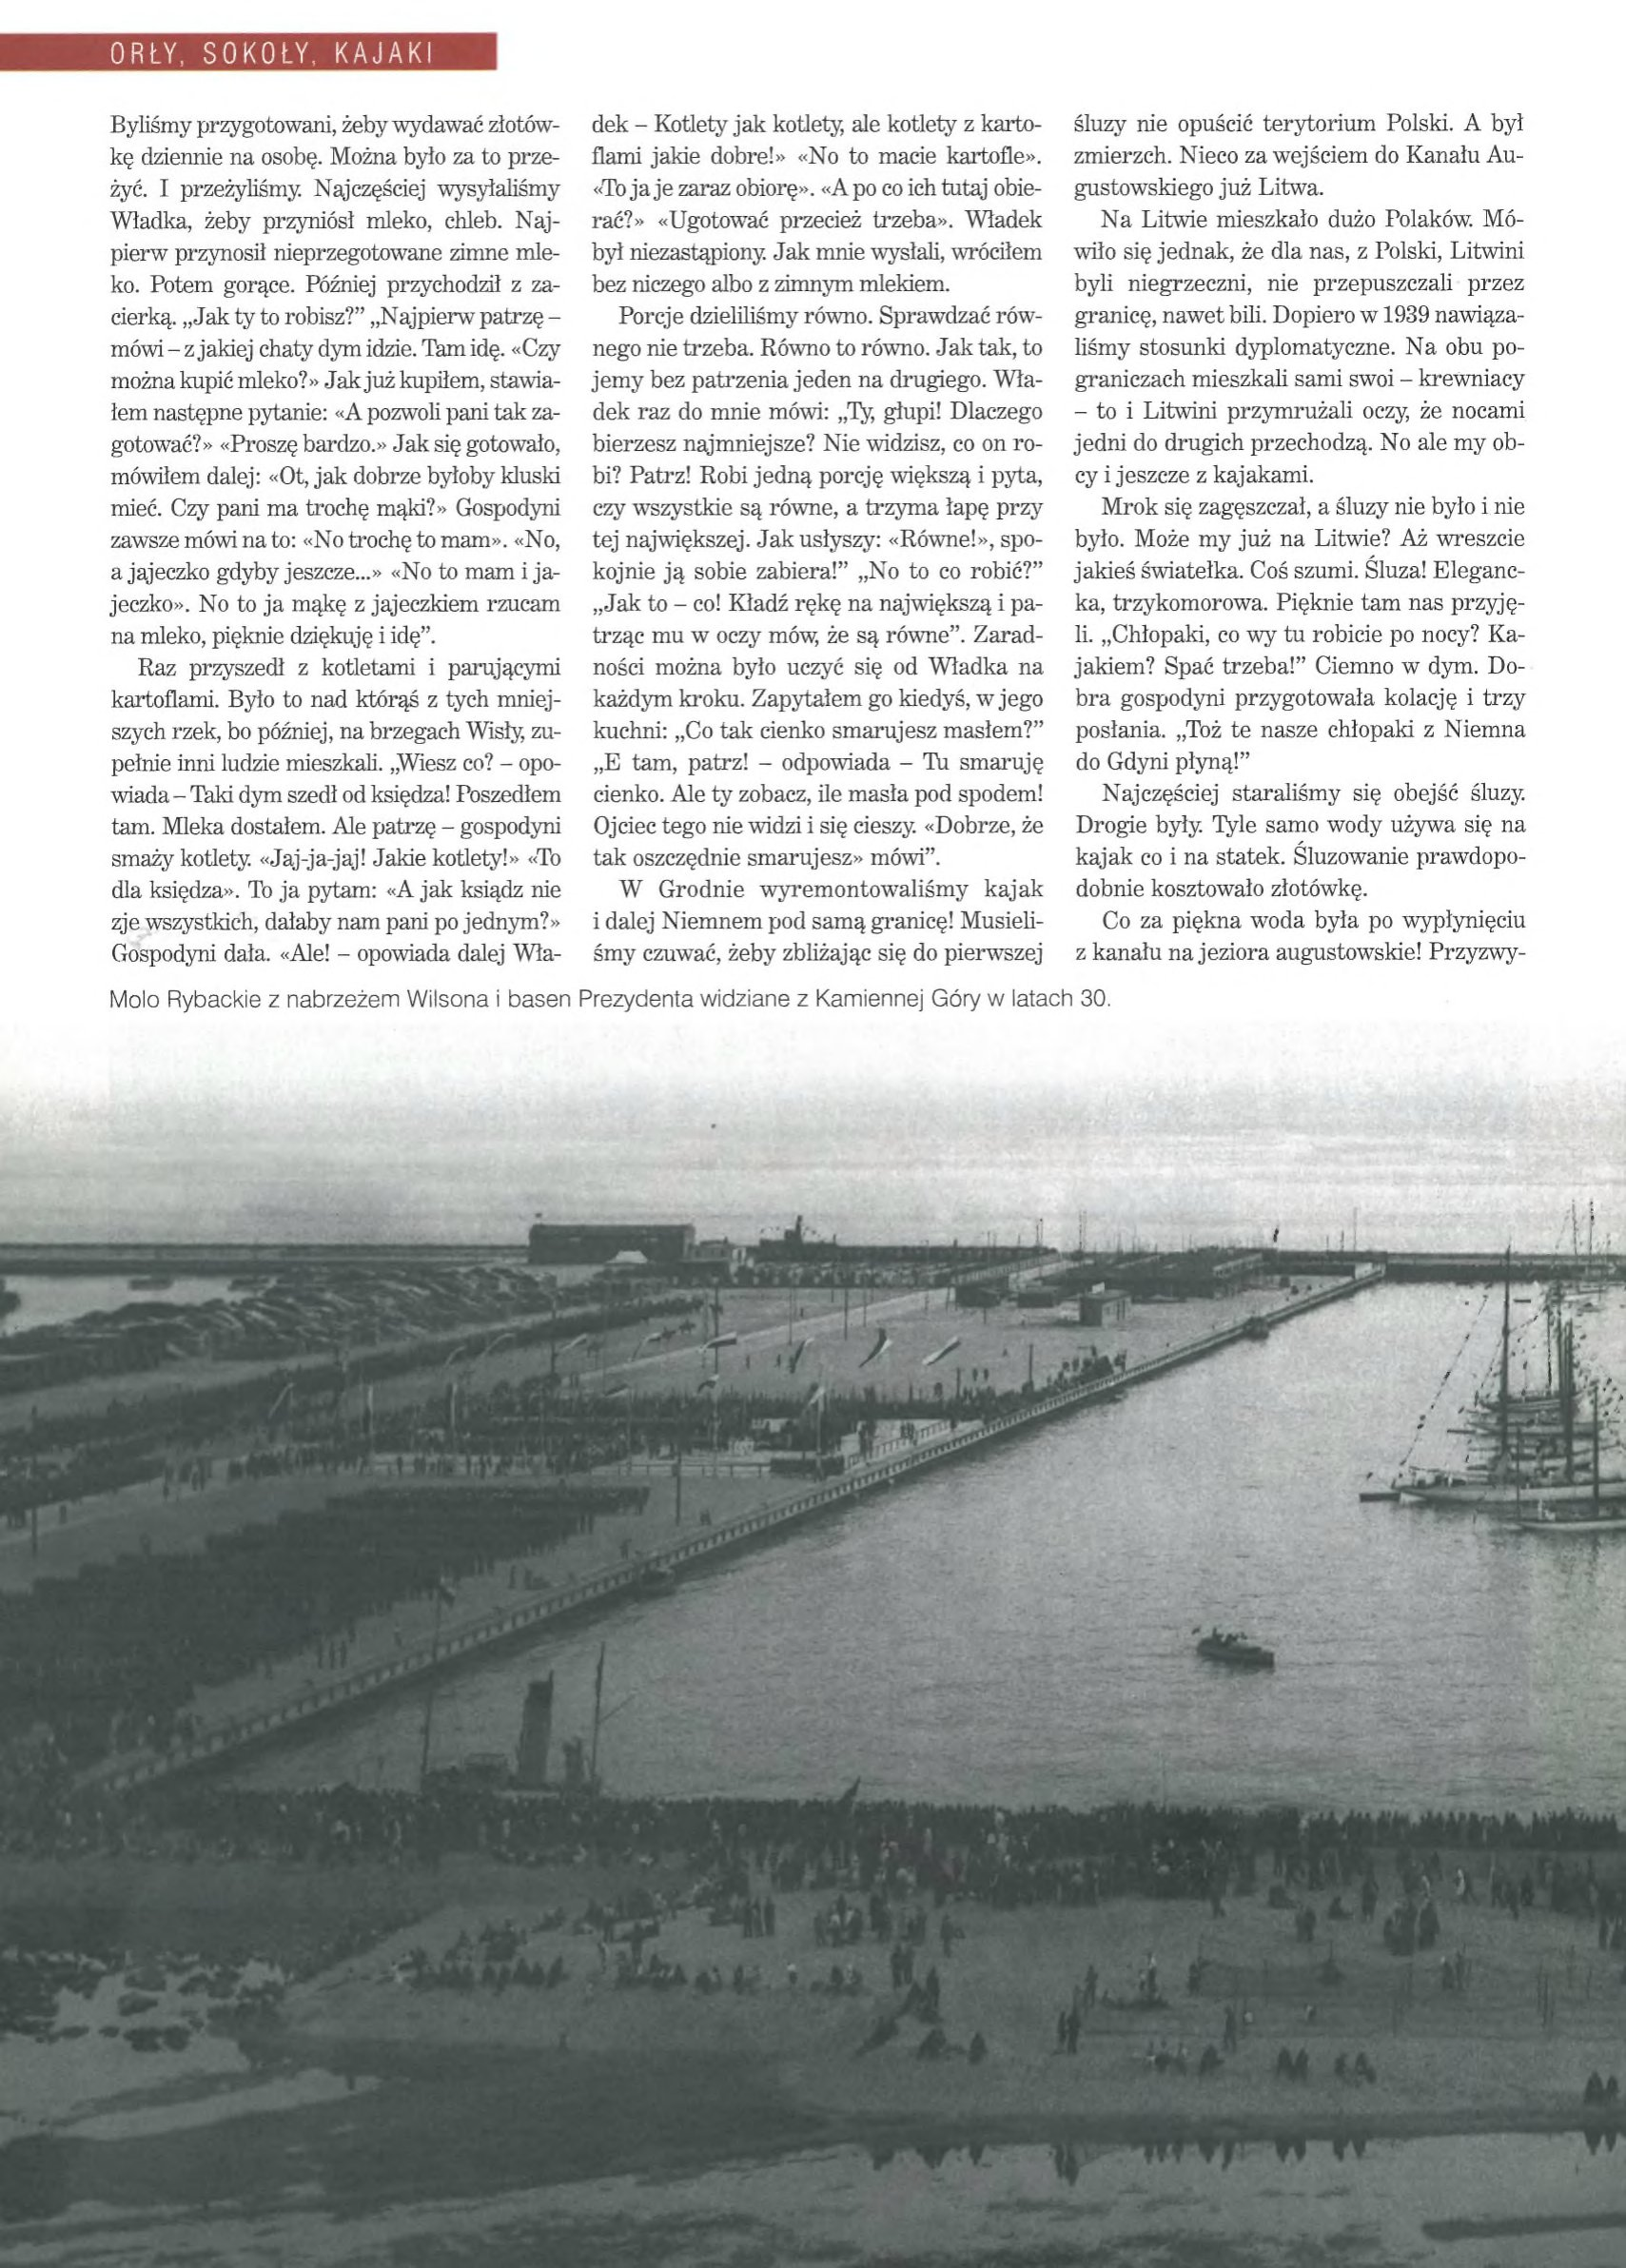
Language: pl